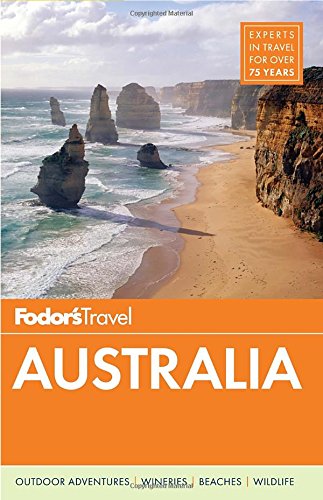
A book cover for Fodor's Australia (Full-color Travel Guide); Fodor's; Travel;